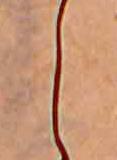
し